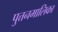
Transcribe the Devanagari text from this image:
पुत्तनमालिका